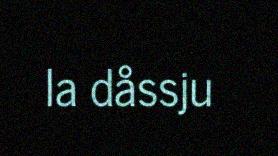
la dåssju